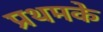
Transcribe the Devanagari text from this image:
प्रथमके